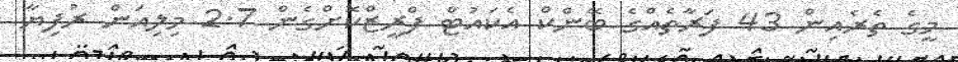
މީގެ ތެރެއިން 43 ފަރާތެއްގެ ބޭންކް އެކައުޓް ފްރީޒްކޮށްގެން 2.7 މިލިއަން ރުފިޔާ